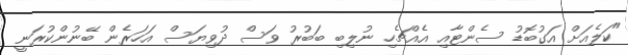
"ކަލެއަށް އަގުބޮޑު ސެންޓާއި އެއްޗެހި ނުލިބި ބަބުރު ވަސް ދުވިޔަސް އަހަރެން ބޭނުންކުރަނީ